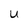
Character: U